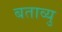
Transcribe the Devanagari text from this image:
बताव्यु